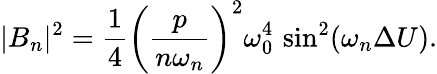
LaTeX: |B_{n}|^{2}={\frac{1}{4}}\left({\frac{p}{n\omega_{n}}}\right)^{2}\omega_{0}^{4}\, \sin^{2}(\omega_{n}\Delta U).